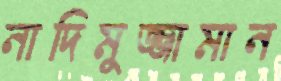
নাদিমুজ্জামান